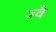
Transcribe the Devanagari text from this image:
ज्‍वै